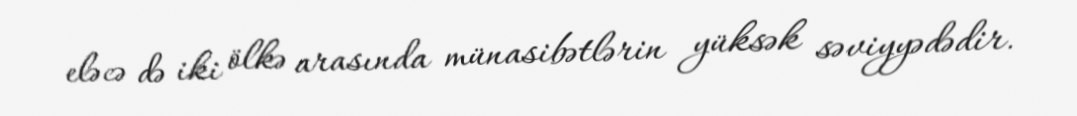
eləcə də iki ölkə arasında münasibətlərin yüksək səviyyədədir.